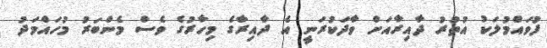
ފުވައްމުލަކު އުތުރު ދާއިރާއަށް ވާދަކުރަނީ އެ ދާއިރާގެ މިހާރުގެ ވެސް މެންބަރު މުހައްމަދު